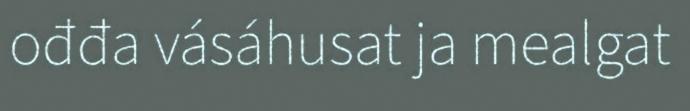
ođđa vásáhusat ja mealgat